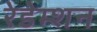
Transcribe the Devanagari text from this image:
रेडेम्शन